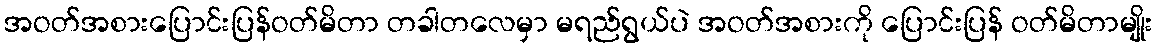
အဝတ်အစားပြောင်းပြန်ဝတ်မိတာ တခါတလေမှာ မရည်ရွယ်ပဲ အဝတ်အစားကို ပြောင်းပြန် ဝတ်မိတာမျိုး